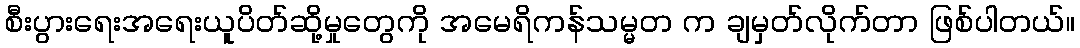
စီးပွားရေးအရေးယူပိတ်ဆို့မှုတွေကို အမေရိကန်သမ္မတ က ချမှတ်လိုက်တာ ဖြစ်ပါတယ်။